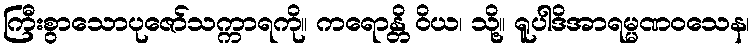
ကြီးစွာသောပုဇော်သက္ကာရကို။ ကရောန္တိ ဝိယ၊ သို့။ ရူပါဒိအာရမ္မဏဝသေန၊